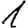
Digit: 1